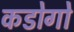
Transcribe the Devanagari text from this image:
कडोगो